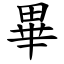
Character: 畢